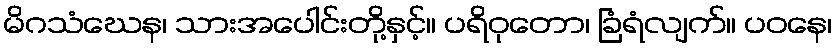
မိဂသံဃေန၊ သားအပေါင်းတို့နှင့်။ ပရိဝုတော၊ ခြံရံလျက်။ ပဝနေ၊